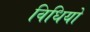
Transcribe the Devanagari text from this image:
विधियो